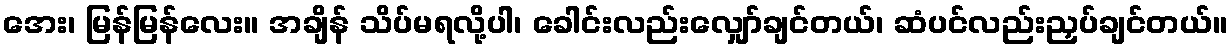
အေး၊ မြန်မြန်လေး။ အချိန် သိပ်မရလို့ပါ၊ ခေါင်းလည်းလျှော်ချင်တယ်၊ ဆံပင်လည်းညှပ်ချင်တယ်။